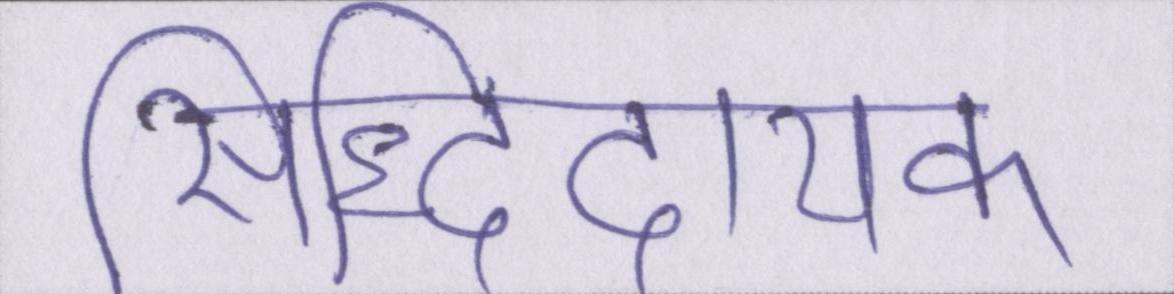
सिद्धिदायक